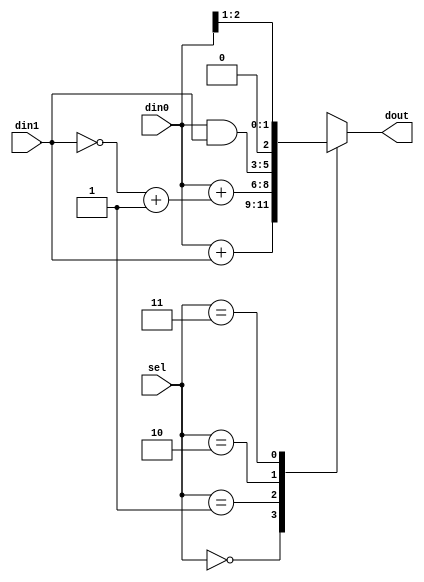
module hw_case(
    input [2:0] din0,
    input [2:0] din1,
    input [1:0] sel,
    output reg [2:0] dout
);

always @(din0 or din1 or sel)
begin
    case(sel)
        2'h0: dout = din0 + din1;
        2'h1: dout = din0 + ((~din1) + 3'b001);
        2'h2: dout = din0 & din1;
        2'h3: dout = {1'b0, din0[2:1]};
        default: dout = din0 + din1;
    endcase
end
endmodule